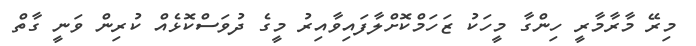
މިރޭ މާރާމާރީ ހިންގާ މީހަކު ޒަހަމްކޮށްލާފައިވާއިރު މީގެ ދުވަސްކޮޅެއް ކުރިން ވަނީ ގާތް